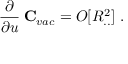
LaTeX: \frac { \partial } { \partial u } \: { \bf C } _ { v a c } = O [ R _ { . . } ^ { 2 } ] \; .